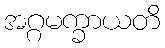
အဂ္ဂမက္ခာယတိ